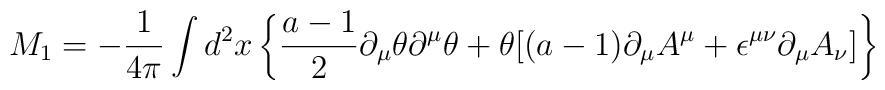
M_1=-{1\over{4\pi}}\int d^2x\left\{{{a-1}\over2}\partial_\mu\theta\partial^\mu\theta+\theta[(a-1)\partial_\mu A^\mu+\epsilon^{\mu\nu}\partial_\mu A_\nu]\right\}